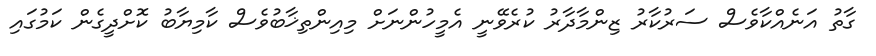
ގާތު އަނެއްކާވެސް ސަރުކާރު ޒިންމާދާރު ކުރެވޭނީ އެމީހުންނަށް މިއިންތިޚާބުވެސް ކާމިޔާބު ކޮށްދީގެން ކަމުގައި